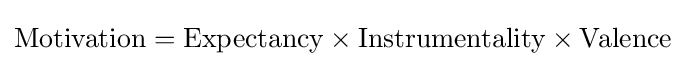
{\text{Motivation}}={\text{Expectancy}}\times {\text{Instrumentality}}\times {\text{Valence}}